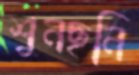
শুনছনি